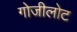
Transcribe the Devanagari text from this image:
गोजीलोट